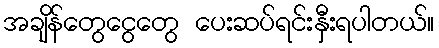
အချိန်တွေငွေတွေ ပေးဆပ်ရင်းနှီးရပါတယ်။